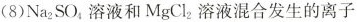
(8)Na_{2}SO_{4}溶液和MgCl_{2}溶液混合发生的离子